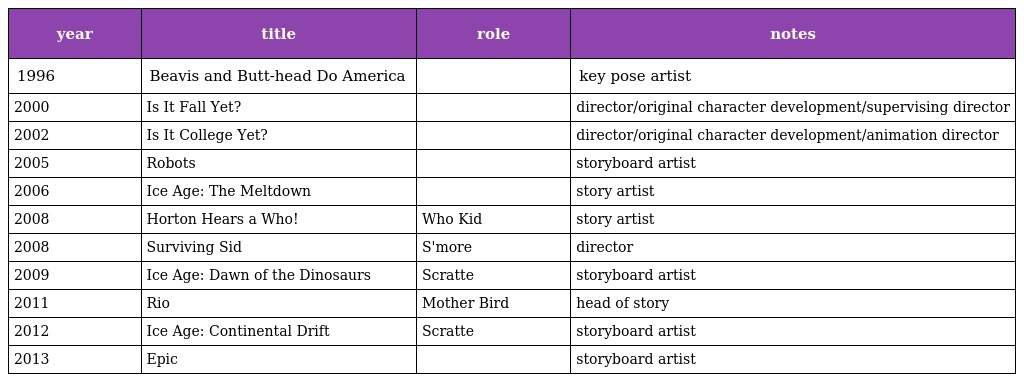
| year | title | role | notes |
 | --- | --- | --- | --- |
 | 1996 | Beavis and Butt-head Do America |  | key pose artist |
 | 2000 | Is It Fall Yet? |  | director/original character development/supervising director |
 | 2002 | Is It College Yet? |  | director/original character development/animation director |
 | 2005 | Robots |  | storyboard artist |
 | 2006 | Ice Age: The Meltdown |  | story artist |
 | 2008 | Horton Hears a Who! | Who Kid | story artist |
 | 2008 | Surviving Sid | S'more | director |
 | 2009 | Ice Age: Dawn of the Dinosaurs | Scratte | storyboard artist |
 | 2011 | Rio | Mother Bird | head of story |
 | 2012 | Ice Age: Continental Drift | Scratte | storyboard artist |
 | 2013 | Epic |  | storyboard artist |